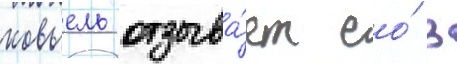
ковьель отзыва́ет ео́ в